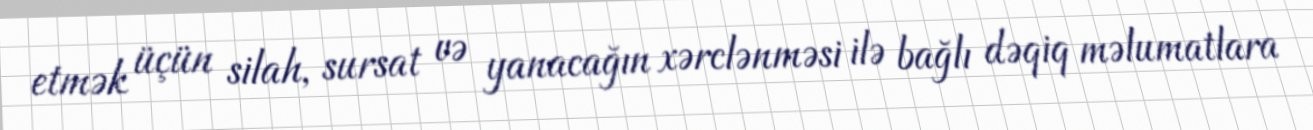
etmək üçün silah, sursat və yanacağın xərclənməsi ilə bağlı dəqiq məlumatlara